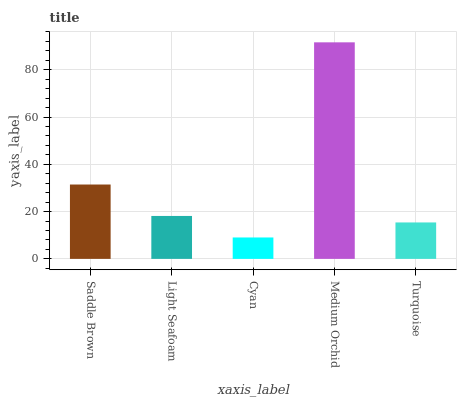
| xaxis_label | bars |
 | --- | --- |
 | Saddle Brown | 31.5 |
 | Light Seafoam | 18.2 |
 | Cyan | 9.06 |
 | Medium Orchid | 91.6 |
 | Turquoise | 15.4 |